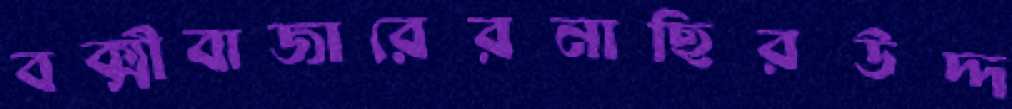
বক্সীবাজারেরনাছিরউদ্দ